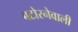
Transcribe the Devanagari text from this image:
बटोरनेवाली